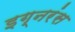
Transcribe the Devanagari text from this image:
इग्नरंस